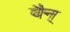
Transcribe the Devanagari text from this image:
वैन्